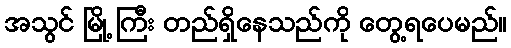
အသွင် မြို့ ကြီး တည်ရှိနေသည်ကို တွေ့ရပေမည်။